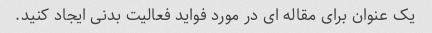
یک عنوان برای مقاله ای در مورد فواید فعالیت بدنی ایجاد کنید.